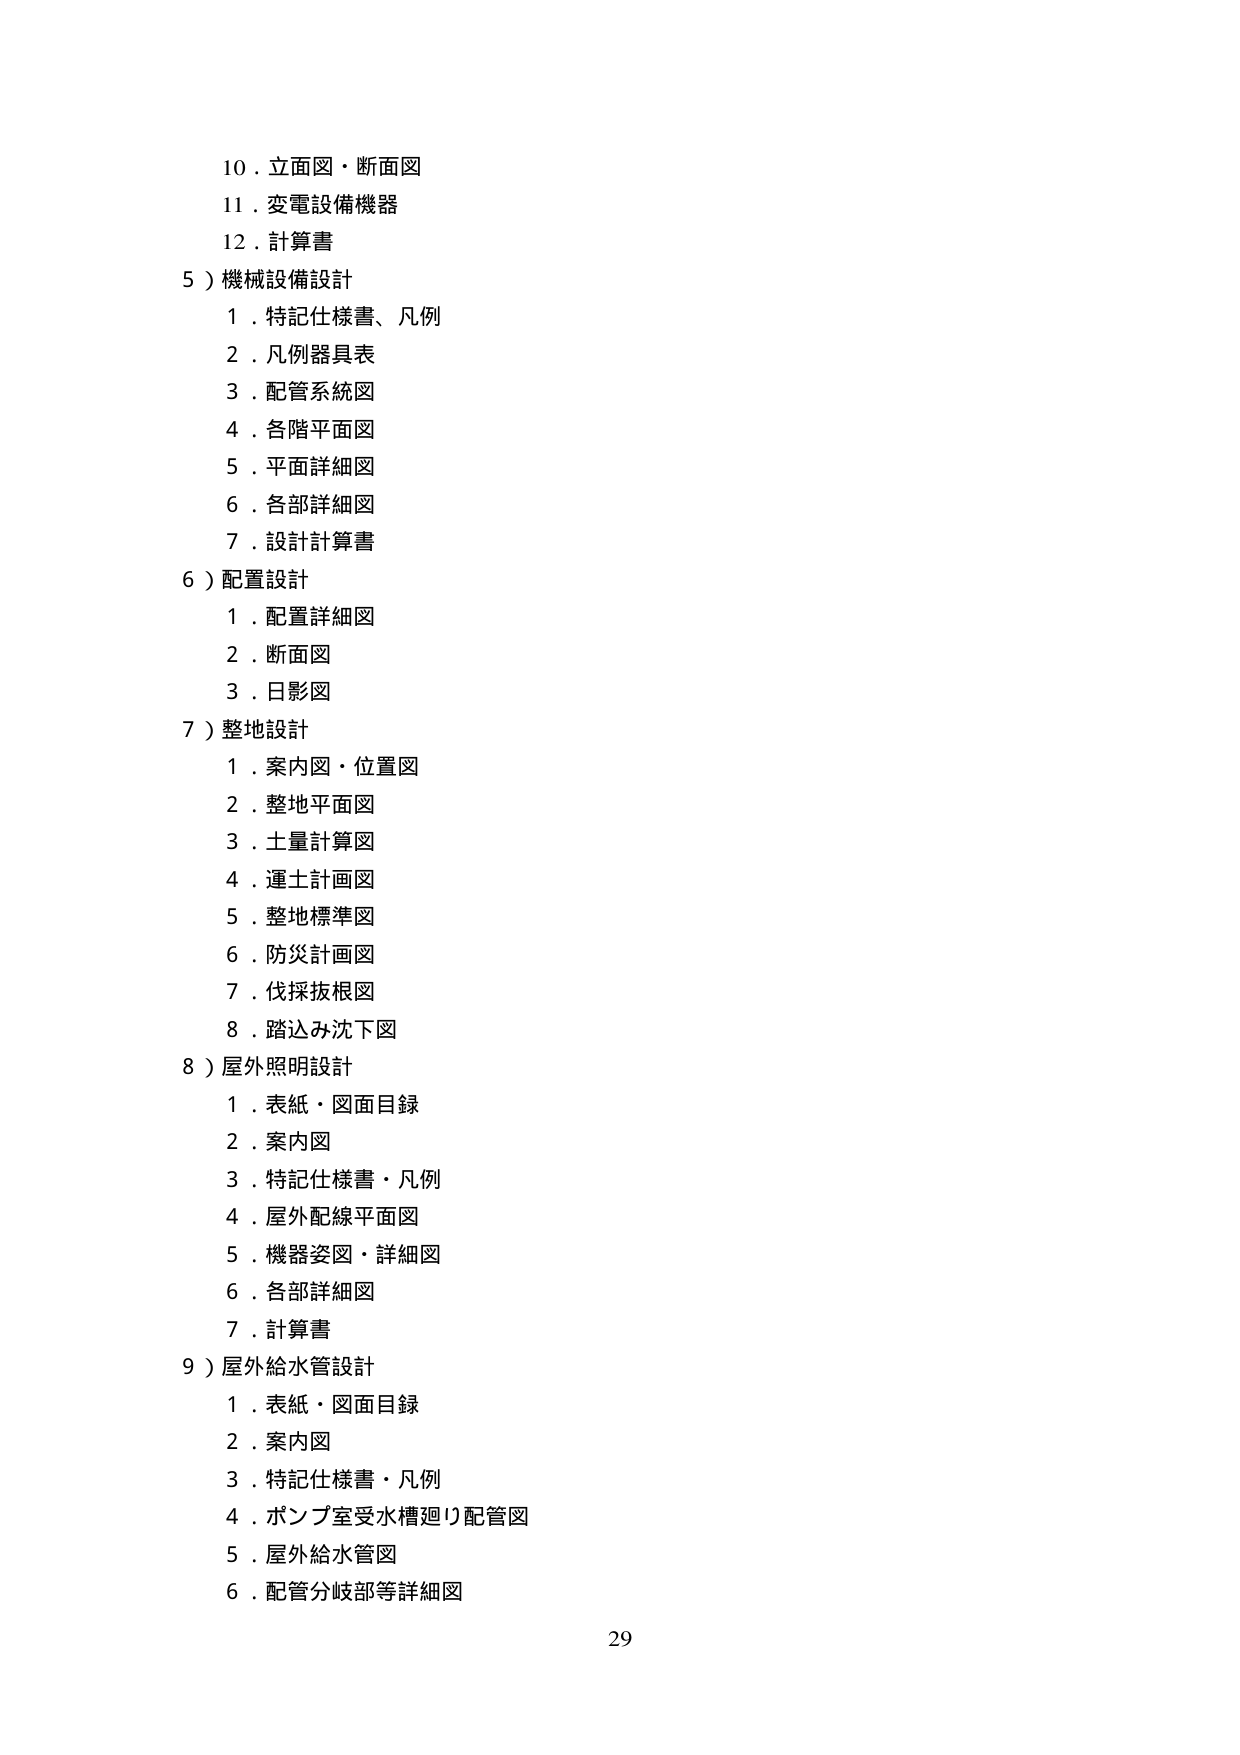
10．立面図・断面図
11．変電設備機器
12．計算書

5）機械設備設計
　1．特記仕様書、凡例
　2．凡例器具表
　3．配管系統図
　4．各階平面図
　5．平面詳細図
　6．各部詳細図
　7．設計計算書

6）配置設計
　1．配置詳細図
　2．断面図
　3．日影図

7）整地設計
　1．案内図・位置図
　2．整地平面図
　3．土量計算図
　4．運土計画図
　5．整地標準図
　6．防災計画図
　7．伐採抜根図
　8．踏込み沈下図

8）屋外照明設計
　1．表紙・図面目録
　2．案内図
　3．特記仕様書・凡例
　4．屋外配線平面図
　5．機器姿図・詳細図
　6．各部詳細図
　7．計算書

9）屋外給水管設計
　1．表紙・図面目録
　2．案内図
　3．特記仕様書・凡例
　4．ポンプ室受水槽廻り配管図
　5．屋外給水管図
　6．配管分岐部等詳細図

29